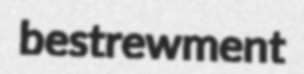
bestrewment